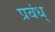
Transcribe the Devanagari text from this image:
प्रबंध्